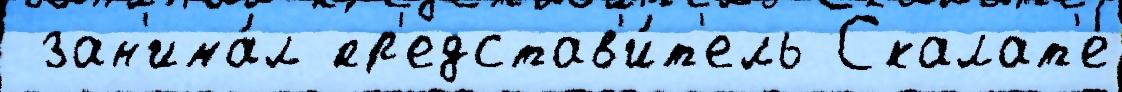
 зан'има́л пр'едстав'и́т'ель Скалат'е